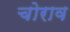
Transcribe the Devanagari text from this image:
चोराव